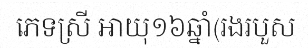
ភេទស្រី អាយុ១៦ឆ្នាំ(រងរបួស